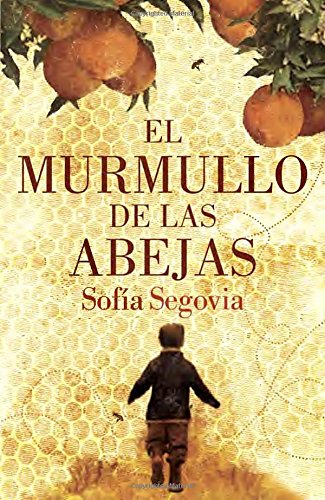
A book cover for El murmullo de las abejas (Spanish Edition); SofÃ­a Segovia; Literature & Fiction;